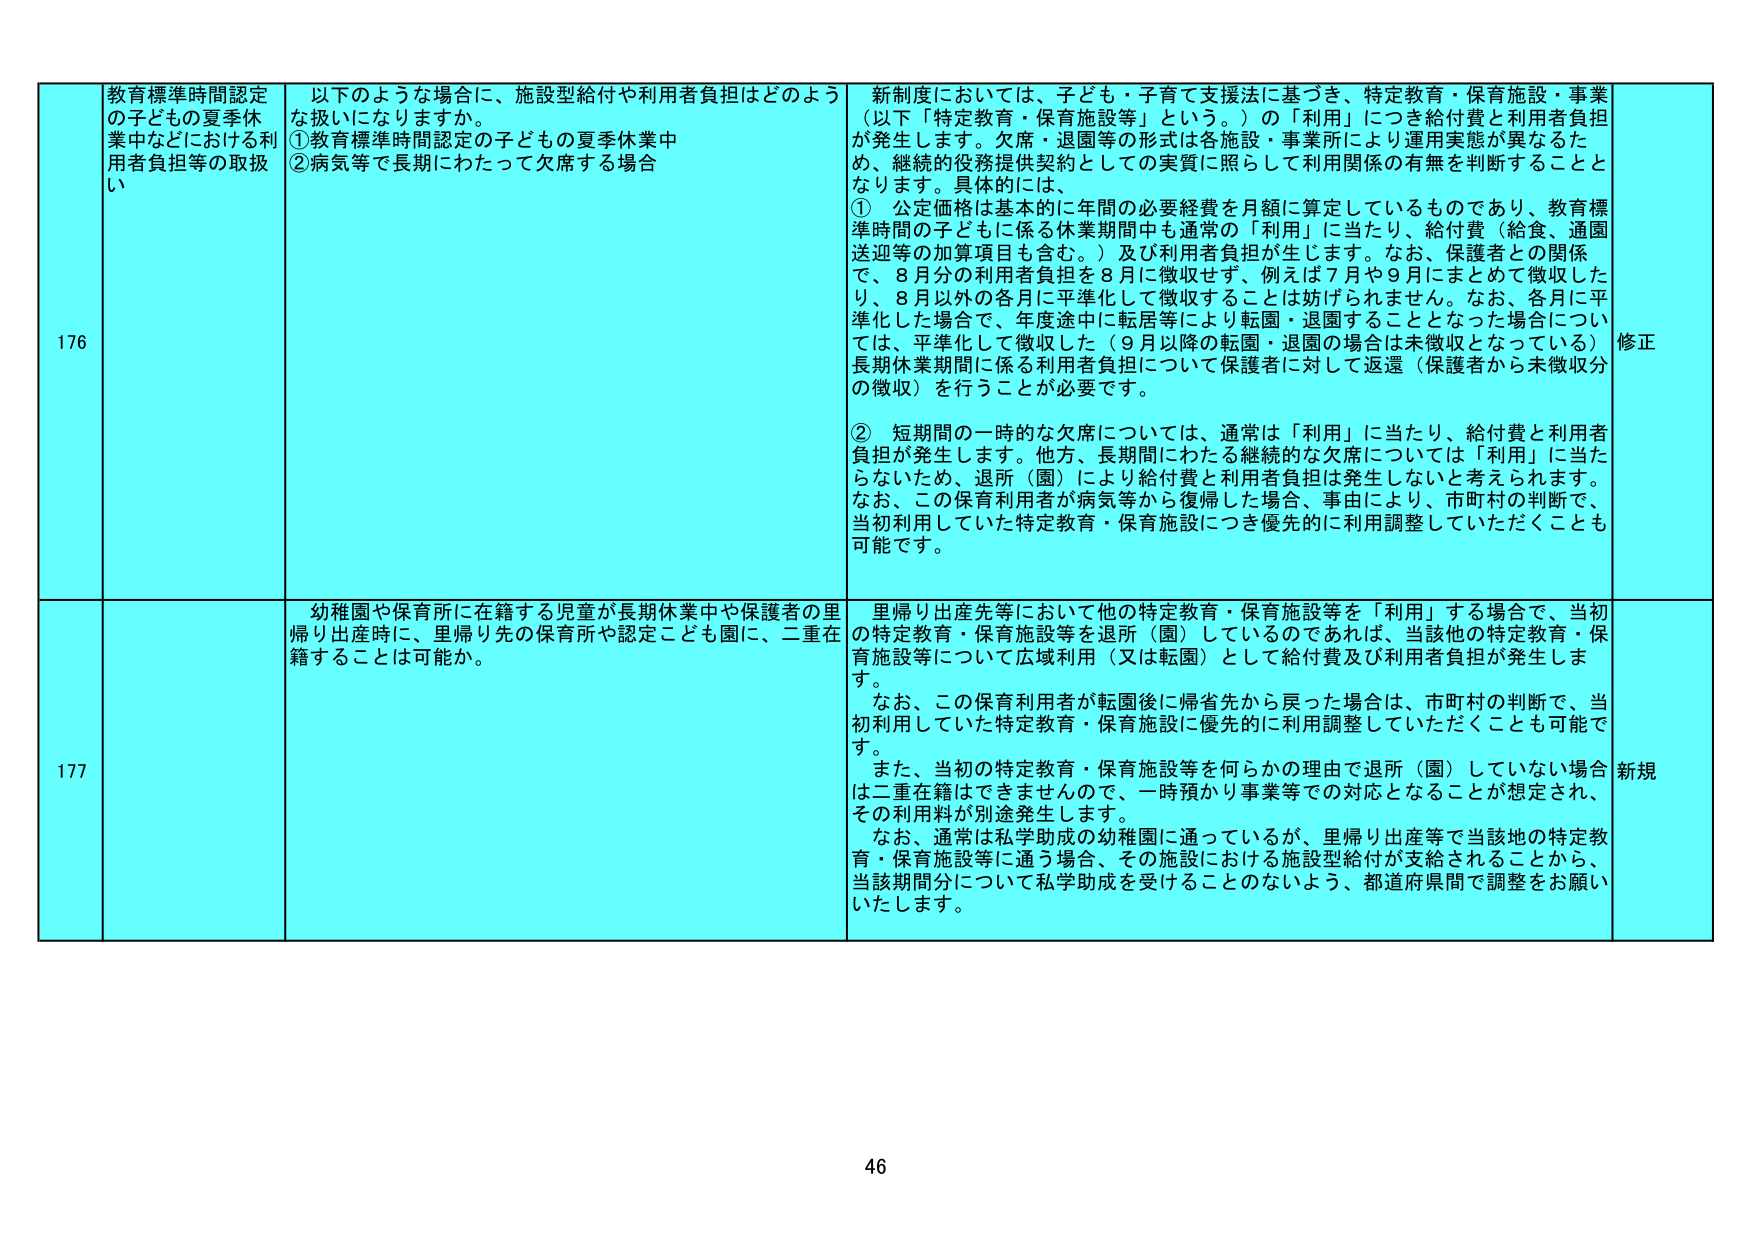
176 教育標準時間認定の子どもの夏季休業中などにおける利用者負担等の取扱い
以下のような場合に、施設型給付や利用者負担はどのよう な扱いになりますか。
①教育標準時間認定の子どもの夏季休業中
②病気等で長期にわたって欠席する場合

新制度においては、子ども・子育て支援法に基づき、特定教育・保育施設・事業（以下「特定教育・保育施設等」という。）の「利用」につき給付費と利用者負担が発生します。欠席・退園等の形式は各施設・事業所により運用実態が異なるため、継続的役務提供契約としての実質に照らして利用関係の有無を判断することとなります。具体的には、
① 公定価格は基本的に年間の必要経費を月額に算定しているものであり、教育標準時間の子どもに係る休業期間中も通常の「利用」に当たり、給付費（給食・通園送迎等の加算項目も含む。）及び利用者負担が生じます。なお、保護者との関係で、8月分の利用者負担を8月に徴収せず、例えば7月や9月にまとめて徴収したり、8月以外の各月に平準化して徴収することは妨げられません。なお、各月に平準化した場合で、年度途中に転居等により転園・退園することとなった場合については、平準化して徴収した（9月以降の転園・退園の場合は未徴収となっている）長期休業期間に係る利用者負担について保護者に対して返還（保護者から未徴収分の徴収）を行うことが必要です。
② 短期間の一時的な欠席については、通常は「利用」に当たり、給付費と利用者負担が発生します。他方、長期間にわたる継続的な欠席については「利用」に当たらないため、退所（園）により給付費と利用者負担は発生しないと考えられます。なお、この保育利用者が病気等から復帰した場合、事由により、市町村の判断で、当初利用していた特定教育・保育施設につき優先的に利用調整していただくことも可能です。

修正

177 幼稚園や保育所に在籍する児童が長期休業中や保護者の里帰り出産時に、里帰り先の保育所や認定こども園に、二重在籍することは可能か。

里帰り出産先等において他の特定教育・保育施設等を「利用」する場合、当初の特定教育・保育施設等を退所（園）しているのであれば、当該他の特定教育・保育施設等について広域利用（又は転園）として給付費及び利用者負担が発生します。
なお、この保育利用者が転園後に帰省先から戻った場合は、市町村の判断で、当初利用していた特定教育・保育施設に優先的に利用調整していただくことも可能です。
また、当初の特定教育・保育施設等を何らかの理由で退所（園）していない場合は二重在籍できませんので、一時預かり事業等での対応となることが想定され、その利用料が別途発生します。
なお、通常は私学助成の幼稚園に通っているが、里帰り出産等で当該地の特定教育・保育施設等に通う場合、その施設における施設型給付が支給されることから、当該期間分について私学助成を受けることのないよう、都道府県間で調整をお願いいたします。

新規

46